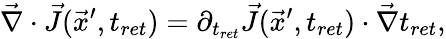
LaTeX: \vec{\nabla}\cdot\vec{J}(\vec{x}^{\prime},t_{ret})=\partial_{t_{ret}}\vec{J}(\vec{x}^{\prime},t_{ret})\cdot\vec{\nabla}t_{ret},